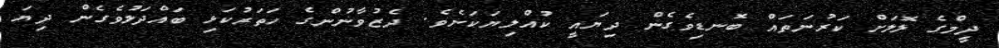
ދީމްގެ ލޮލަށް ކަރުނަތައް ބޮނޑިވެގެން ދިޔައީ ކުއްލިޔަކަށެވެ. ދެޒުވާނުންގެ ހަތަރުކަޅި ބައްދަލުވެގެން ދިޔަ